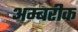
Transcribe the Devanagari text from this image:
अम्बरीक